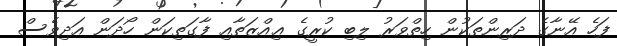
ފަހެ އޭނާގެ ދަރިންތަކުން ހިތްވަރު ލިބި ކުރީގެ ޢިއްޒަތާއި ފާގަތިކަން ހޯދަން އަދިވެސް